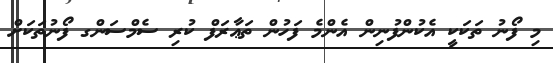
މި ފޯނު ތަކަކީ އެކުންފުނިން އެންމެ ފަހުން ތަޢާރަފް ކުރި ސެމްސަންގ ފޯނުތަކަށް